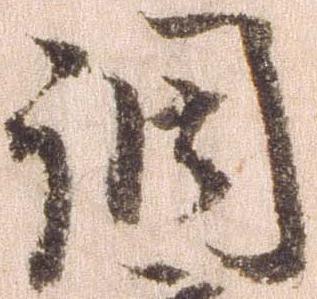
調